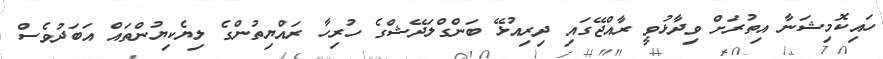
ހައިކޮމިޝަނާ އިތުރަށް ވިދާޅުވީ ރާއްޖޭގައި ދިރިއުޅޭ ބަންގްލަދޭޝްގެ ހުރިހާ ރައްޔިތުންގެ ލިޔެކިޔުންތައް އަބަދުވެސް